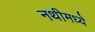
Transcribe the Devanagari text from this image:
नथीमध्ये